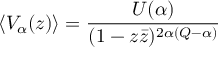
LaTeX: \left\langle V _ { \alpha } ( z ) \right\rangle = \frac { U ( \alpha ) } { ( 1 - z \bar { z } ) ^ { 2 \alpha ( Q - \alpha ) } }